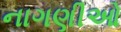
નાગણીઓ